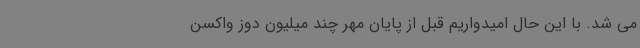
می شد. با این حال امیدواریم قبل از پایان مهر چند میلیون دوز واکسن